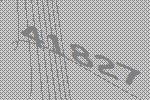
41827